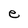
Character: e